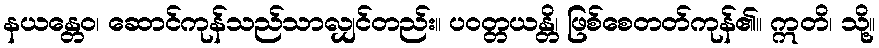
နယန္တေဝ၊ ဆောင်ကုန်သည်သာလျှင်တည်း။ ပဝတ္တယန္တိ၊ ဖြစ်စေတတ်ကုန်၏။ ဣတိ၊ သို့။